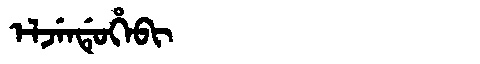
Manchu: ᡝᠯᠵᡝᠨᡩᡠᡥᡝᠪᡳ
Romanization: ELJENDUHEBI